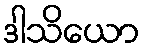
ဒါသိယော